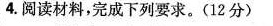
4.阅读材料，完成下列要求。(12分)